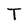
Character: T